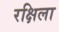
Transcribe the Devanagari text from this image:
रक्षिला